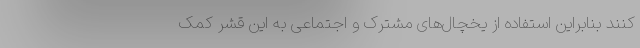
کنند بنابراین استفاده از یخچال‌های مشترک و اجتماعی به این قشر کمک